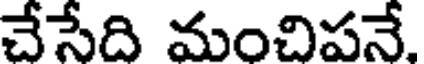
చేసేది మంచిపనే.